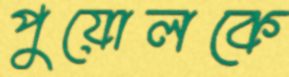
পুয়োলকে